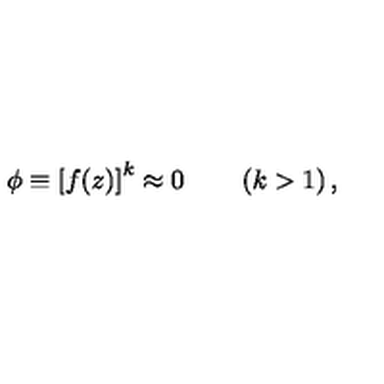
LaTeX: \phi \equiv \left[ f ( z ) \right] ^ { k } \approx 0 \qquad \left( k > 1 \right) ,